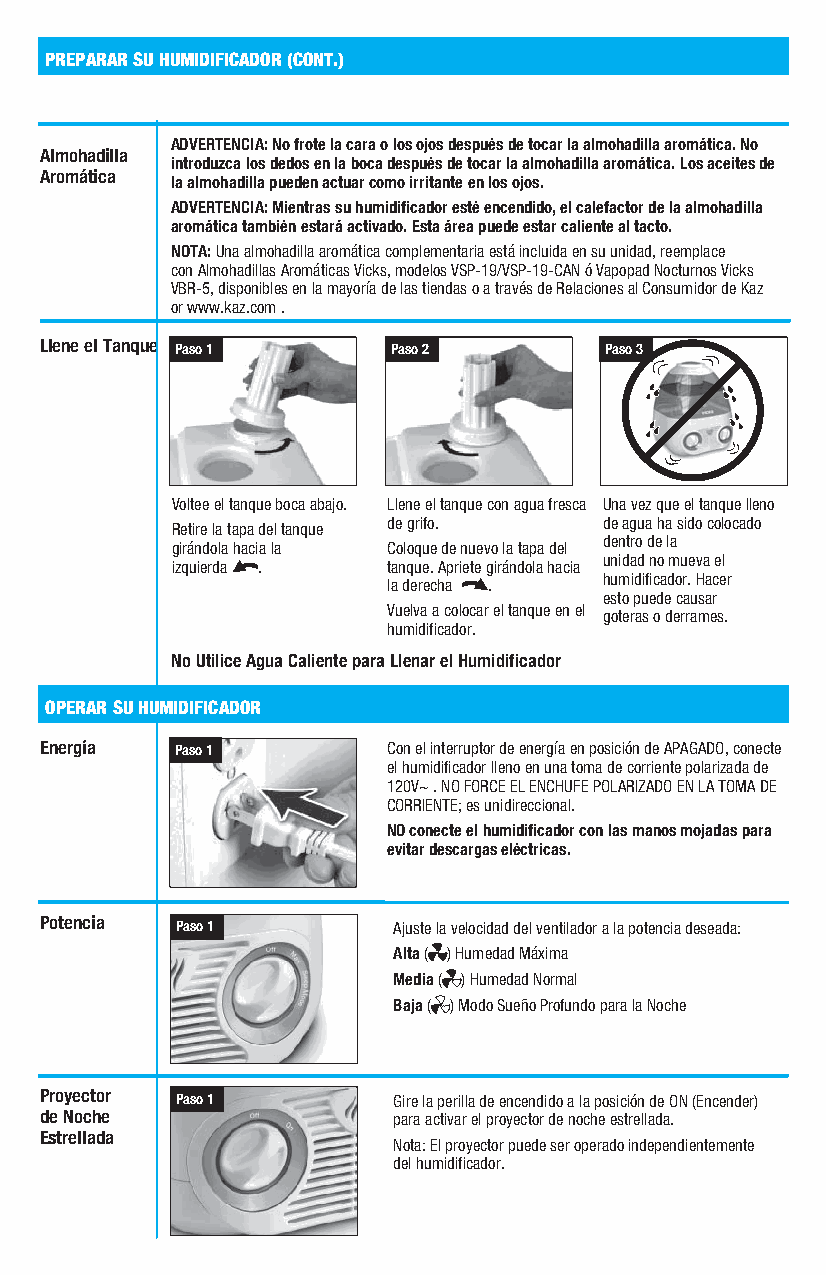
PREPARAR SU HUMIDIFICADOR (CONT.)
 ADVERTENCIA: No frote la cara o los ojos después de tocar la almohadilla aromática. No
 Almohadilla
 introduzca los dedos en la boca después de tocar la almohadilla aromática. Los aceites de
 Aromática
 la almohadilla pueden actuar como irritante en los ojos.
 ADVERTENCIA: Mientras su humidificador esté encendido, el calefactor de la almohadilla
 aromática también estará activado. Esta área puede estar caliente al tacto.
 NOTA: Una almohadilla aromática complementaria está incluida en su unidad, reemplace
 con Almohadillas Aromáticas Vicks, modelos VSP-19/VSP-19-CAN ó Vapopad Nocturnos Vicks
 VBR-5, disponibles en la mayoría de las tiendas o a través de Relaciones al Consumidor de Kaz
 or www.kaz.com .
 Llene el Tanque Paso 1 Paso 2        Paso 3
 Voltee el tanque boca abajo. Llene el tanque con agua fresca Una vez que el tanque lleno
 de grifo.     de agua ha sido colocado
 Retire la tapa del tanque
 dentro de la
 girándola hacia la Coloque de nuevo la tapa del
 unidad no mueva el
 izquierda .    tanque. Apriete girándola hacia
 humidificador. Hacer
 la derecha .
 esto puede causar
 Vuelva a colocar el tanque en el goteras o derrames.
 humidificador.
 No Utilice Agua Caliente para Llenar el Humidificador
 OPERAR SU HUMIDIFICADOR
 Energía  Paso 1        Con el interruptor de energía en posición de APAGADO, conecte
 el humidificador lleno en una toma de corriente polarizada de
 120V~ . NO FORCE EL ENCHUFE POLARIZADO EN LA TOMA DE
 CORRIENTE; es unidireccional.
 NO conecte el humidificador con las manos mojadas para
 evitar descargas eléctricas.
 Potencia
 Paso 1        Ajuste la velocidad del ventilador a la potencia deseada:
 Alta ( ) Humedad Máxima
 Media ( ) Humedad Normal
 Baja ( ) Modo Sueño Profundo para la Noche
 Proyector Paso 1       Gire la perilla de encendido a la posición de ON (Encender)
 de Noche               para activar el proyector de noche estrellada.
 Estrellada
 Nota: El proyector puede ser operado independientemente
 del humidificador.